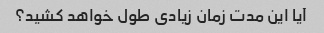
آیا این مدت زمان زیادی طول خواهد کشید؟